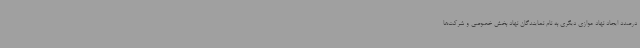
درصدد ایجاد نهاد موازی دیگری به نام نمایندگان نهاد بخش خصوصی و شرکت‌ها